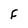
Character: F